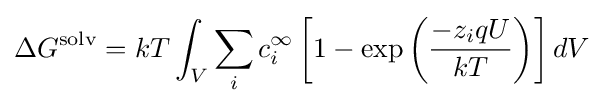
\Delta G^{\text{solv}}=kT\int _{V}\sum _{i}c_{i}^{\infty }\left[1-\exp \left({\frac {-z_{i}qU}{kT}}\right)\right]dV